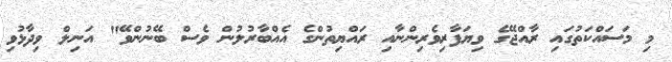
މި މަސައްކަތުގައި ރާއްޖޭގެ ވިޔަފާރިވެރިންނާއި ރައްޔިތުންގެ އެއްބާރުލުން ވެސް ބޭނުންވޭ" އަނިލް ވިދާޅުވި